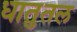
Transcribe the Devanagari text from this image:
धातुतल